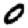
Digit: 0